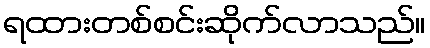
ရထားတစ်စင်းဆိုက်လာသည်။